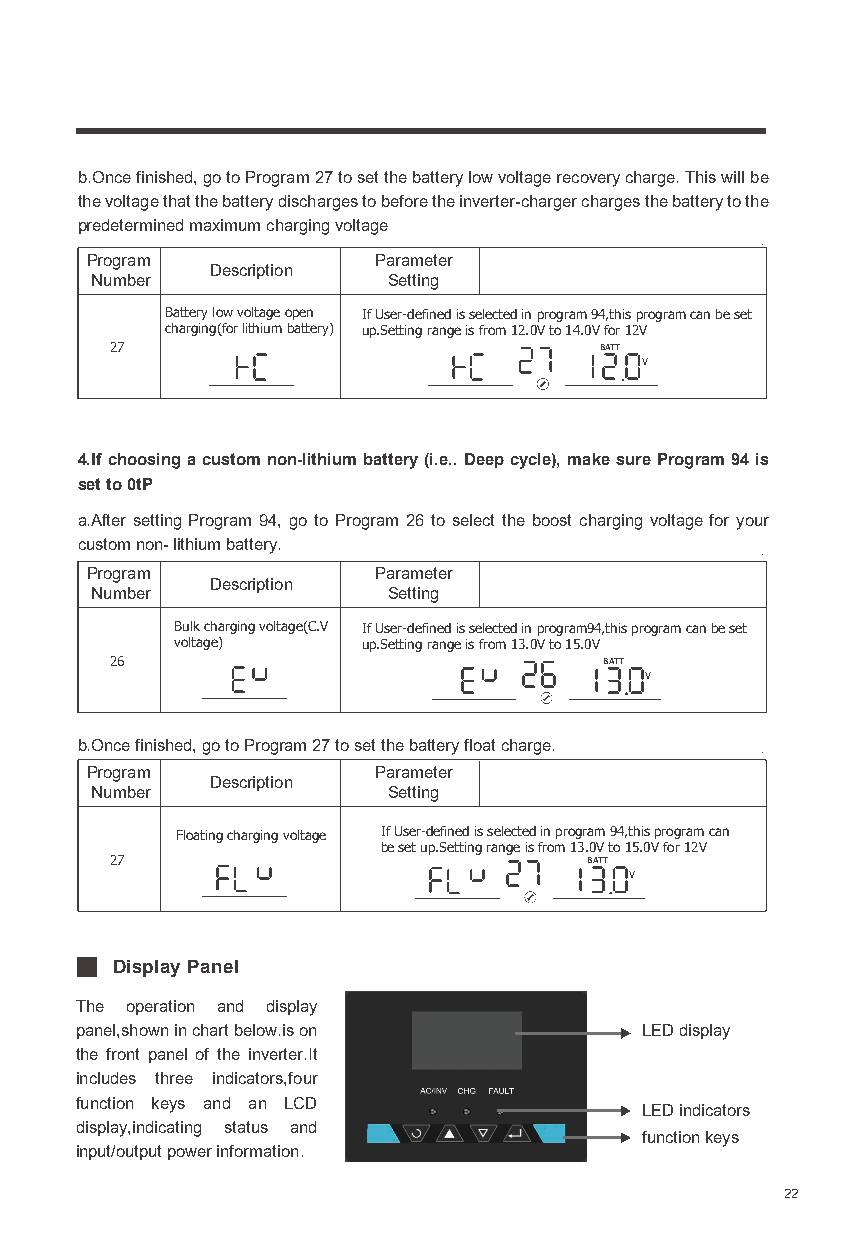
b.Once finished, go to Program 27 to set the battery low voltage recovery charge. This will be
 the voltage that the battery discharges to before the inverter-charger charges the battery to the
 predetermined maximum charging voltage
 Program            Parameter
 Description
 Number              Setting
 Battery low voltage open If User-defined is selected in program 94,this program can be set
 charging(for lithium battery) up.Setting range is from 12.0V to 14.0V for 12V
 27                               BATT
 V
 4.If choosing a custom non-lithium battery (i.e.. Deep cycle), make sure Program 94 is
 set to 0tP
 a.After setting Program 94, go to Program 26 to select the boost charging voltage for your
 custom non- lithium battery.
 Program            Parameter
 Description
 Number              Setting
 Bulk charging voltage(C.V If User-defined is selected in program94,this program can be set
 voltage)    up.Setting range is from 13.0V to 15.0V
 26                               BATT
 V
 b.Once finished, go to Program 27 to set the battery float charge.
 Program            Parameter
 Description
 Number              Setting
 Floating charging voltage If User-defined is selected in program 94,this program can
 be set up.Setting range is from 13.0V to 15.0V for 12V
 27                              BATT
 V
 Display Panel
 The operation and display
 panel,shown in chart below.is on     LED display
 the front panel of the inverter.It
 includes three indicators,four
 function keys and an LCD
 LED indicators
 display,indicating status and
 function keys
 input/output power information.
 22